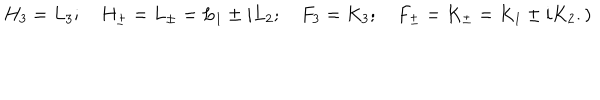
H _ { 3 } = L _ { 3 } ; \quad H _ { \pm } = L _ { \pm } = L _ { 1 } \pm i L _ { 2 } ; \quad F _ { 3 } = K _ { 3 } ; \quad F _ { \pm } = K _ { \pm } = K _ { 1 } \pm i K _ { 2 } . )